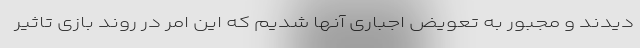
دیدند و مجبور به تعویض اجباری آنها شدیم که این امر در روند بازی تاثیر